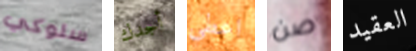
سلوكي أجدك اعطي صن العقيد